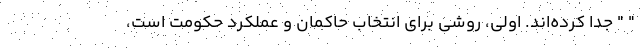
" " جدا کرده‌اند. اولی، روشی برای انتخاب حاکمان و عملکرد حکومت است،